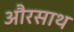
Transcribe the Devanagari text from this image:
औरसाथ